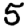
Digit: 5